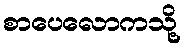
စာပေလောကသို့